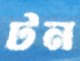
টন